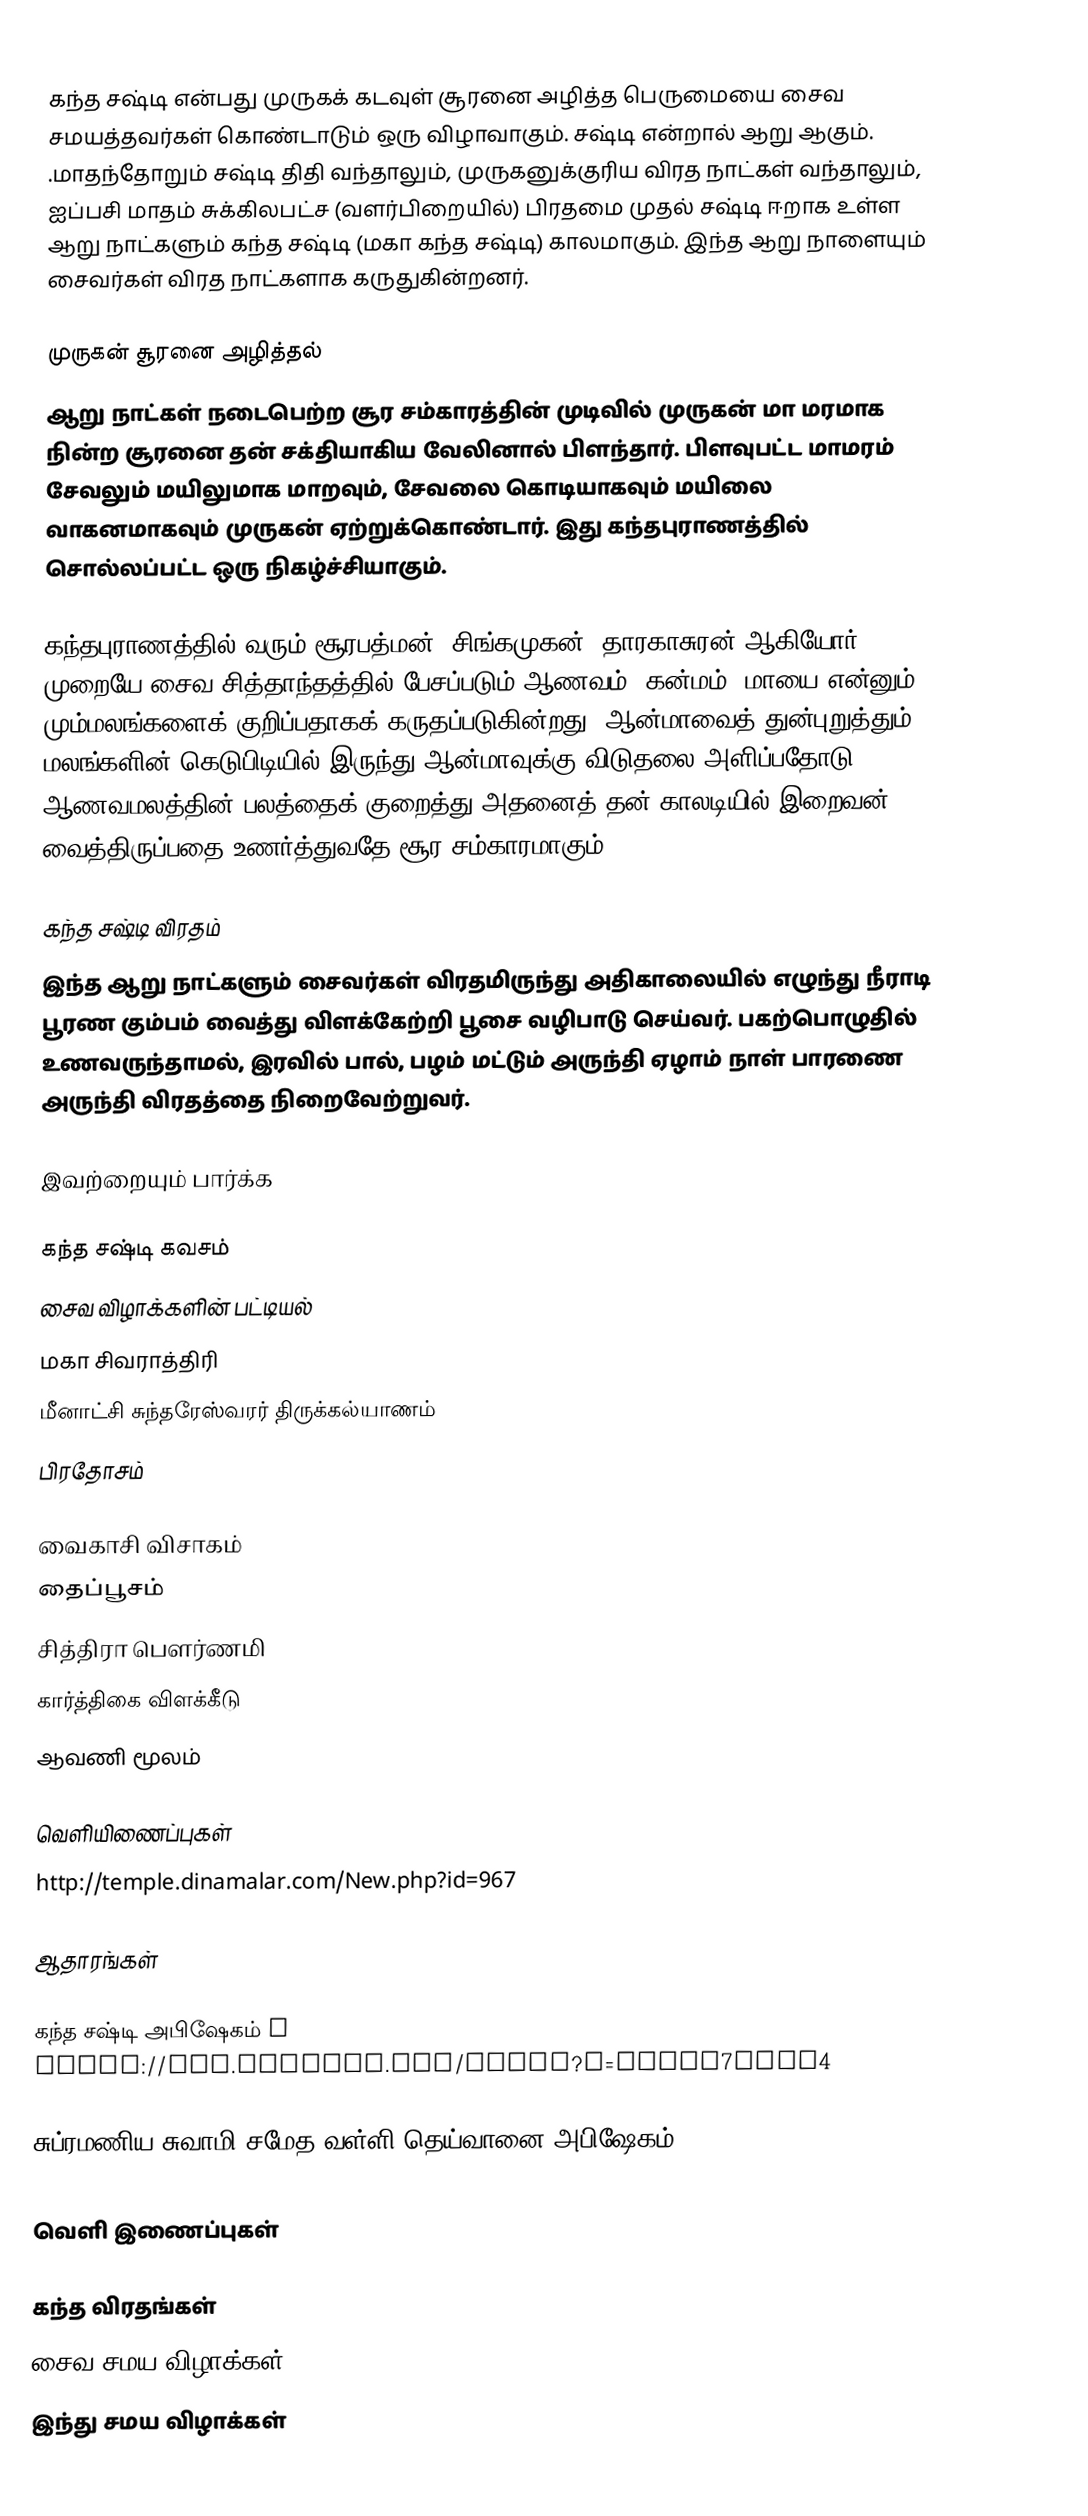
கந்த சஷ்டி என்பது  முருகக் கடவுள் சூரனை அழித்த பெருமையை சைவ சமயத்தவர்கள் கொண்டாடும் ஒரு விழாவாகும். சஷ்டி என்றால் ஆறு ஆகும். .மாதந்தோறும் சஷ்டி திதி வந்தாலும், முருகனுக்குரிய விரத நாட்கள் வந்தாலும், ஐப்பசி மாதம் சுக்கிலபட்ச (வளர்பிறையில்) பிரதமை முதல் சஷ்டி ஈறாக உள்ள ஆறு நாட்களும் கந்த சஷ்டி (மகா கந்த சஷ்டி) காலமாகும். இந்த ஆறு நாளையும் சைவர்கள் விரத நாட்களாக கருதுகின்றனர்.

முருகன் சூரனை அழித்தல்
ஆறு நாட்கள் நடைபெற்ற சூர சம்காரத்தின் முடிவில் முருகன் மா மரமாக நின்ற சூரனை தன் சக்தியாகிய வேலினால் பிளந்தார். பிளவுபட்ட மாமரம் சேவலும் மயிலுமாக மாறவும், சேவலை கொடியாகவும் மயிலை வாகனமாகவும் முருகன் ஏற்றுக்கொண்டார். இது கந்தபுராணத்தில் சொல்லப்பட்ட ஒரு நிகழ்ச்சியாகும்.

கந்தபுராணத்தில் வரும் சூரபத்மன், சிங்கமுகன், தாரகாசுரன் ஆகியோர் முறையே சைவ சித்தாந்தத்தில் பேசப்படும் ஆணவம், கன்மம், மாயை என்னும் மும்மலங்களைக் குறிப்பதாகக் கருதப்படுகின்றது. ஆன்மாவைத் துன்புறுத்தும் மலங்களின் கெடுபிடியில் இருந்து ஆன்மாவுக்கு விடுதலை அளிப்பதோடு ஆணவமலத்தின் பலத்தைக் குறைத்து அதனைத் தன் காலடியில் இறைவன் வைத்திருப்பதை உணர்த்துவதே சூர சம்காரமாகும்.

கந்த சஷ்டி விரதம்
இந்த ஆறு நாட்களும் சைவர்கள் விரதமிருந்து அதிகாலையில் எழுந்து நீராடி பூரண கும்பம் வைத்து விளக்கேற்றி பூசை வழிபாடு செய்வர். பகற்பொழுதில் உணவருந்தாமல், இரவில் பால், பழம் மட்டும் அருந்தி ஏழாம் நாள் பாரணை அருந்தி விரதத்தை நிறைவேற்றுவர்.

இவற்றையும் பார்க்க

 கந்த சஷ்டி கவசம்
 சைவ விழாக்களின் பட்டியல்
 மகா சிவராத்திரி
 மீனாட்சி சுந்தரேஸ்வரர் திருக்கல்யாணம்
 பிரதோசம்

 வைகாசி விசாகம்
 தைப்பூசம்
 சித்திரா பௌர்ணமி
 கார்த்திகை விளக்கீடு
 ஆவணி மூலம்

வெளியிணைப்புகள்
 http://temple.dinamalar.com/New.php?id=967

ஆதாரங்கள்

கந்த சஷ்டி அபிஷேகம் → https://www.youtube.com/watch?v=sQzRW7HjEf4

சுப்ரமணிய சுவாமி சமேத வள்ளி தெய்வானை அபிஷேகம் → https://www.youtube.com/watch?v=Wrg1cESbM2I

வெளி இணைப்புகள்

கந்த விரதங்கள்
சைவ சமய விழாக்கள்
இந்து சமய விழாக்கள்